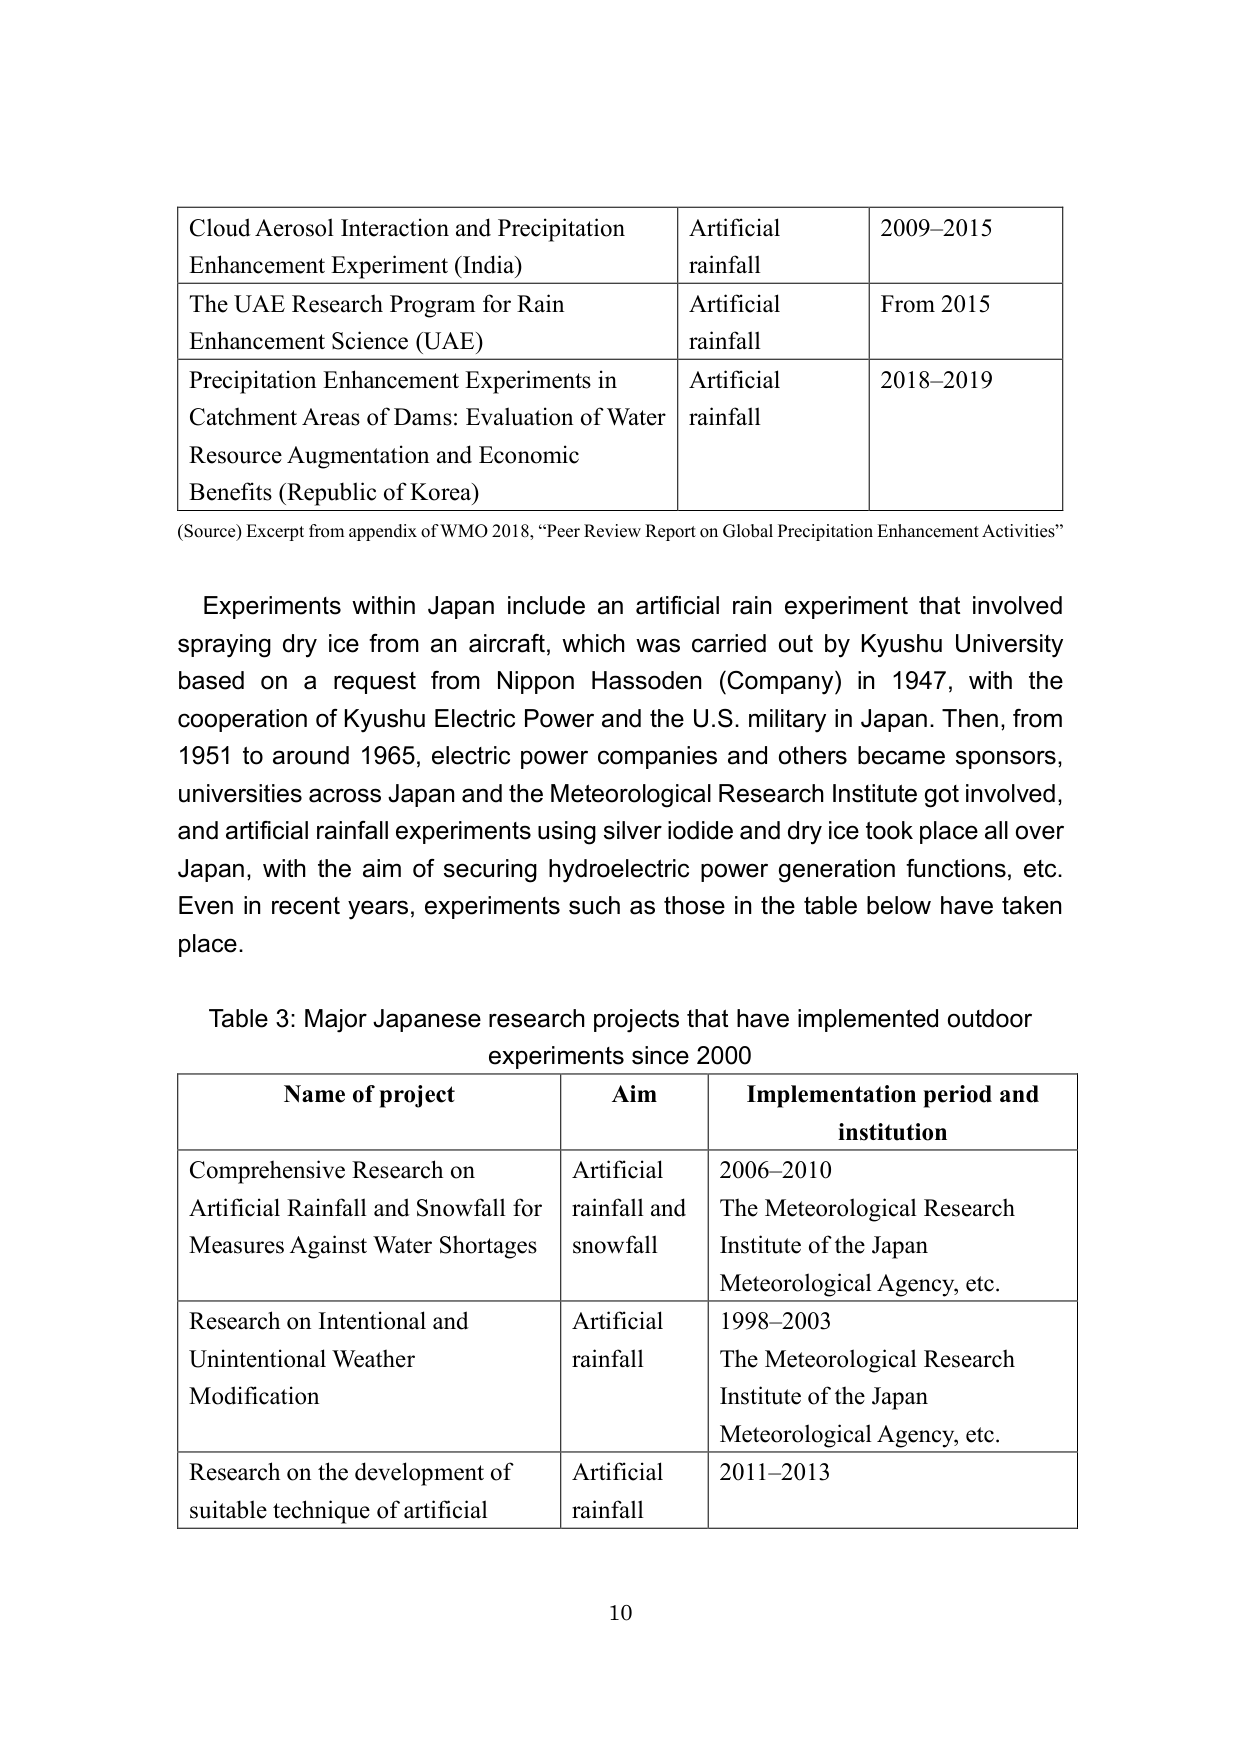
Cloud Aerosol Interaction and Precipitation Enhancement Experiment (India)	Artificial rainfall	2009–2015
The UAE Research Program for Rain Enhancement Science (UAE)	Artificial rainfall	From 2015
Precipitation Enhancement Experiments in Catchment Areas of Dams: Evaluation of Water Resource Augmentation and Economic Benefits (Republic of Korea)	Artificial rainfall	2018–2019
(Source) Excerpt from appendix of WMO 2018, “Peer Review Report on Global Precipitation Enhancement Activities”

Experiments within Japan include an artificial rain experiment that involved spraying dry ice from an aircraft, which was carried out by Kyushu University based on a request from Nippon Hassoden (Company) in 1947, with the cooperation of Kyushu Electric Power and the U.S. military in Japan. Then, from 1951 to around 1965, electric power companies and others became sponsors, universities across Japan and the Meteorological Research Institute got involved, and artificial rainfall experiments using silver iodide and dry ice took place all over Japan, with the aim of securing hydroelectric power generation functions, etc. Even in recent years, experiments such as those in the table below have taken place.

Table 3: Major Japanese research projects that have implemented outdoor experiments since 2000

Name of project	Aim	Implementation period and institution
Comprehensive Research on Artificial Rainfall and Snowfall for Measures Against Water Shortages	Artificial rainfall and snowfall	2006–2010 The Meteorological Research Institute of the Japan Meteorological Agency, etc.
Research on Intentional and Unintentional Weather Modification	Artificial rainfall	1998–2003 The Meteorological Research Institute of the Japan Meteorological Agency, etc.
Research on the development of suitable technique of artificial	Artificial rainfall	2011–2013

10